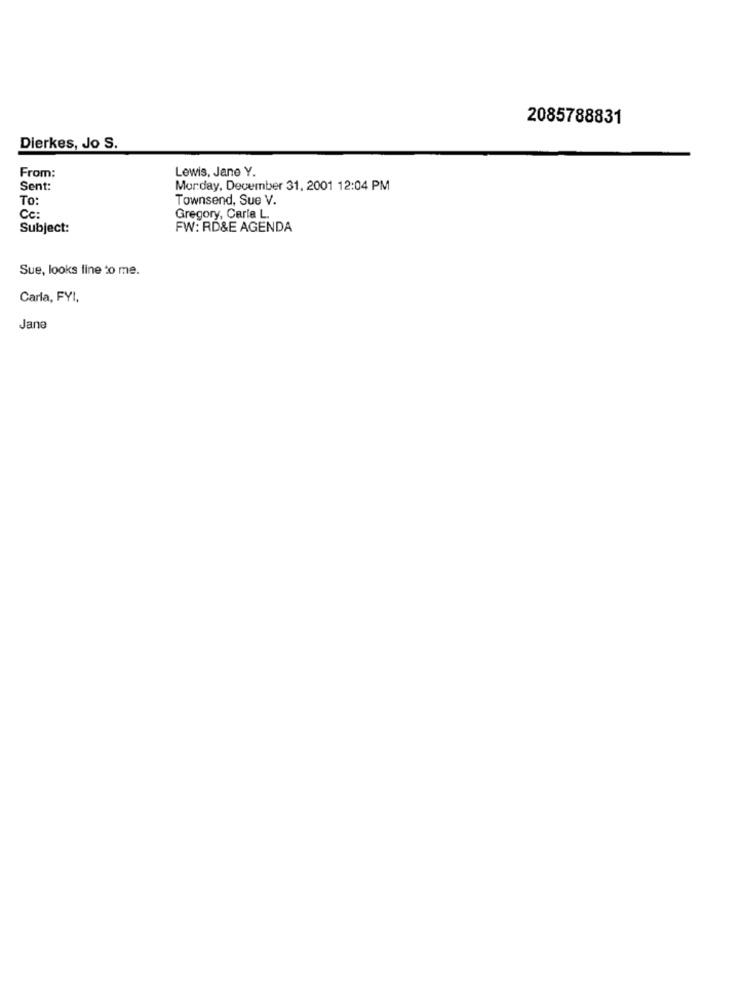
2085788831
Dierkes, Jo S.
From:
Lewis, Jane Y.
Sent:
Monday, December 31, 2001 12:04 PM
To:
Townsend, Sue V.
Cc:
Gregory, Carla L.
Subject:
FW: RD&E AGENDA
Sue, looks line to me.
Carla, FYI,
Jane